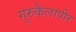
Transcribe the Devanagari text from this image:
गुरुकैलापीर